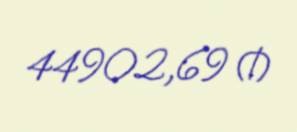
44902,69 ₼